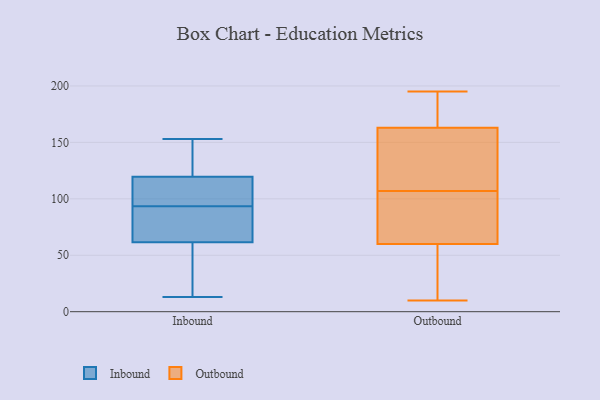
{"axis": {"x": "Satisfaction Score", "y": "Value"}, "legend": ["Inbound", "Outbound"], "data": [{"x": "", "y": 123, "type": "Inbound"}, {"x": "", "y": 88, "type": "Inbound"}, {"x": "", "y": 32, "type": "Inbound"}, {"x": "", "y": 117, "type": "Inbound"}, {"x": "", "y": 137, "type": "Inbound"}, {"x": "", "y": 69, "type": "Inbound"}, {"x": "", "y": 55, "type": "Inbound"}, {"x": "", "y": 99, "type": "Inbound"}, {"x": "", "y": 142, "type": "Inbound"}, {"x": "", "y": 66, "type": "Inbound"}, {"x": "", "y": 105, "type": "Inbound"}, {"x": "", "y": 122, "type": "Inbound"}, {"x": "", "y": 28, "type": "Inbound"}, {"x": "", "y": 103, "type": "Inbound"}, {"x": "", "y": 72, "type": "Inbound"}, {"x": "", "y": 153, "type": "Inbound"}, {"x": "", "y": 13, "type": "Inbound"}, {"x": "", "y": 57, "type": "Inbound"}, {"x": "", "y": 102, "type": "Inbound"}, {"x": "", "y": 68, "type": "Inbound"}, {"x": "", "y": 106, "type": "Outbound"}, {"x": "", "y": 181, "type": "Outbound"}, {"x": "", "y": 169, "type": "Outbound"}, {"x": "", "y": 89, "type": "Outbound"}, {"x": "", "y": 185, "type": "Outbound"}, {"x": "", "y": 42, "type": "Outbound"}, {"x": "", "y": 190, "type": "Outbound"}, {"x": "", "y": 62, "type": "Outbound"}, {"x": "", "y": 71, "type": "Outbound"}, {"x": "", "y": 137, "type": "Outbound"}, {"x": "", "y": 57, "type": "Outbound"}, {"x": "", "y": 108, "type": "Outbound"}, {"x": "", "y": 16, "type": "Outbound"}, {"x": "", "y": 157, "type": "Outbound"}, {"x": "", "y": 95, "type": "Outbound"}, {"x": "", "y": 113, "type": "Outbound"}, {"x": "", "y": 58, "type": "Outbound"}, {"x": "", "y": 139, "type": "Outbound"}, {"x": "", "y": 10, "type": "Outbound"}, {"x": "", "y": 195, "type": "Outbound"}]}